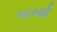
૧૯૦થી